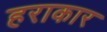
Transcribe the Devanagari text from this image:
हराकार